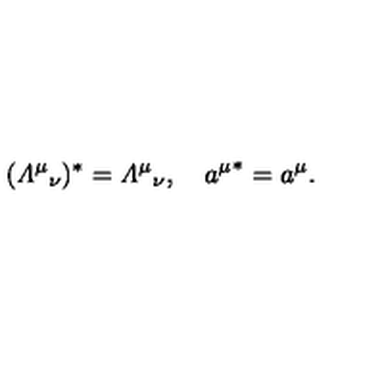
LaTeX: ( { { \mit \Lambda } ^ { \mu } } _ { \nu } ) ^ { * } = { { \mit \Lambda } ^ { \mu } } _ { \nu } , \quad { a ^ { \mu } } ^ { * } = a ^ { \mu } .